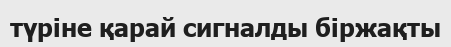
түріне қарай сигналды біржақты